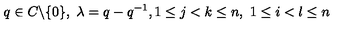
q \in C \backslash \{ 0 \} , \ \lambda = q - q ^ { - 1 } , 1 \leq j < k \leq n , \ 1 \leq i < l \leq n